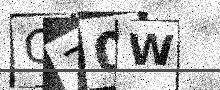
Text: C70W